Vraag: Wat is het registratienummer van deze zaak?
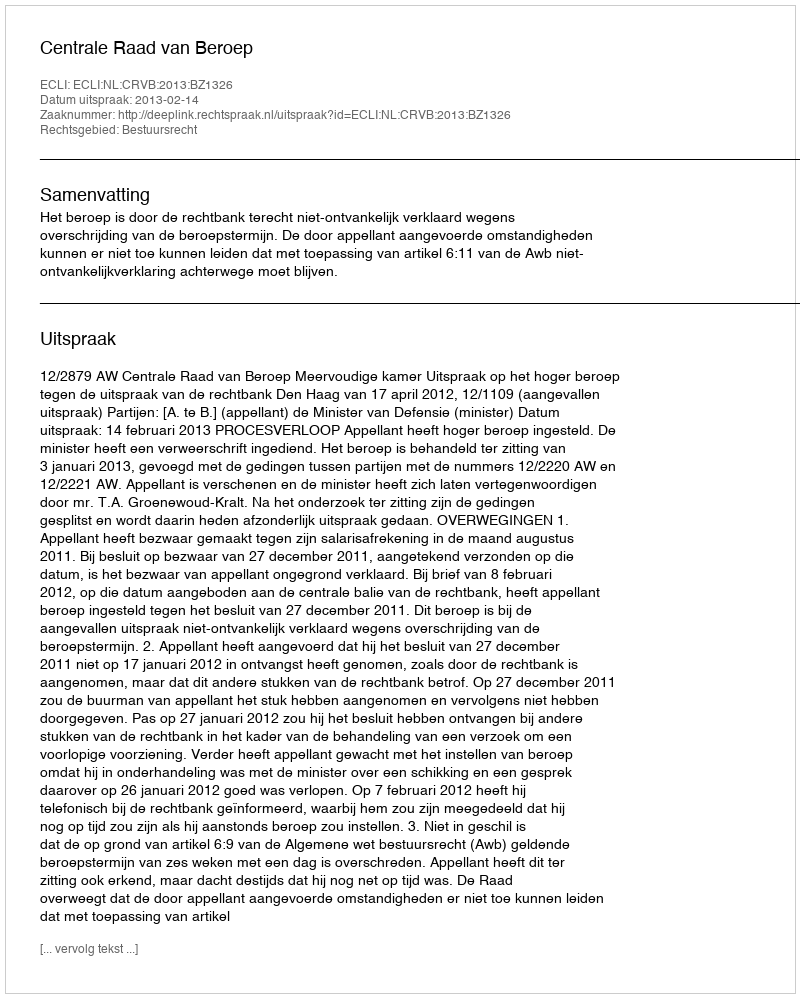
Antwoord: http://deeplink.rechtspraak.nl/uitspraak?id=ECLI:NL:CRVB:2013:BZ1326